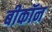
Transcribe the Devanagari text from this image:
बीकॉन